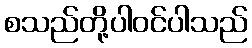
စသည်တို့ပါဝင်ပါသည်